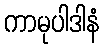
ကာမုပါဒါနံ